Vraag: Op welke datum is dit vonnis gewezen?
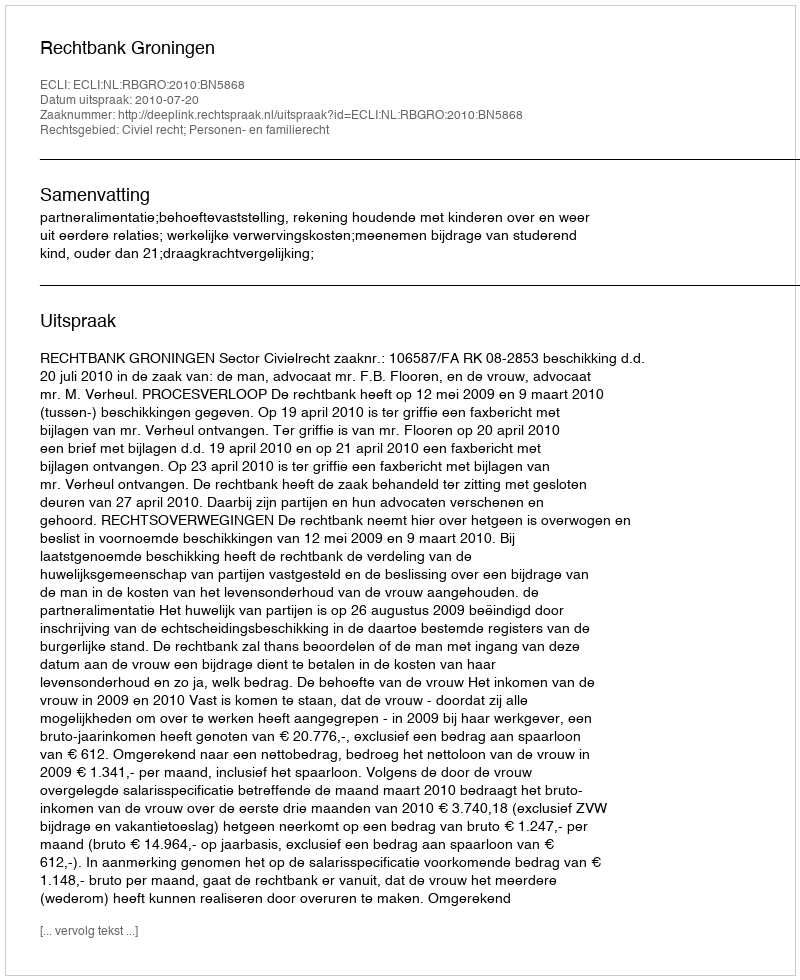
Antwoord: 2010-07-20